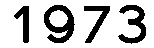
1973